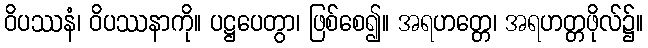
ဝိပဿနံ၊ ဝိပဿနာကို။ ပဋ္ဌပေတွာ၊ ဖြစ်စေ၍။ အရဟတ္တေ၊ အရဟတ္တဖိုလ်၌။